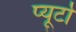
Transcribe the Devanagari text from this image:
प्‍यूर्टो